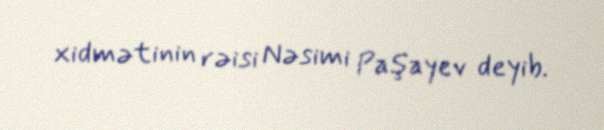
xidmətinin rəisi Nəsimi Paşayev deyib.